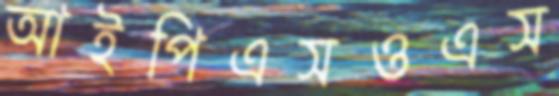
আইপিএসওএস